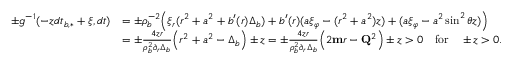
\begin{array} { r l } { \pm g ^ { - 1 } ( - z d t _ { b , * } + \xi , d \mathfrak { t } ) } & { = \pm \rho _ { b } ^ { - 2 } \Big ( \xi _ { r } ( r ^ { 2 } + a ^ { 2 } + b ^ { \prime } ( r ) \Delta _ { b } ) + b ^ { \prime } ( r ) ( a \xi _ { \varphi } - ( r ^ { 2 } + a ^ { 2 } ) z ) + ( a \xi _ { \varphi } - a ^ { 2 } \sin ^ { 2 } \theta z ) \Big ) } \\ & { = \pm \frac { 4 z r } { \rho _ { b } ^ { 2 } \partial _ { r } \Delta _ { b } } \Big ( r ^ { 2 } + a ^ { 2 } - \Delta _ { b } \Big ) \pm z = \pm \frac { 4 z r } { \rho _ { b } ^ { 2 } \partial _ { r } \Delta _ { b } } \Big ( 2 \mathbf { m } r - \mathbf { Q } ^ { 2 } \Big ) \pm z > 0 \quad \mathrm { f o r } \quad \pm z > 0 . } \end{array}